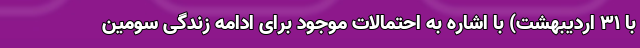
با ۳۱ اردیبهشت) با اشاره به احتمالات موجود برای ادامه زندگی سومین